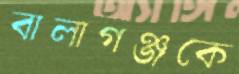
বালাগঞ্জকে